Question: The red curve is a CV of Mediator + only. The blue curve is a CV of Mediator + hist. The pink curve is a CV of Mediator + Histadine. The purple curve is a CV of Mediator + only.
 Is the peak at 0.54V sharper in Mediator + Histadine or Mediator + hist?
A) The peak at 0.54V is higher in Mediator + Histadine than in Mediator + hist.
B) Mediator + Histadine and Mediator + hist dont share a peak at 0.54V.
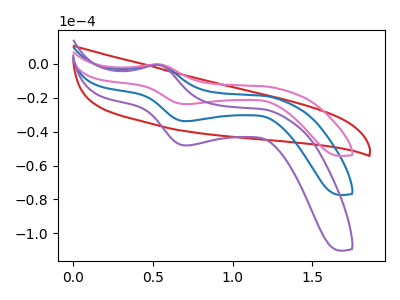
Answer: <think>The red curve "Mediator + only" has no peaks. The blue curve "Mediator + hist" has an anodic peak at (0.55V, -0.45uA) and a cathodic peak at (0.70V, -33.80uA). The pink curve "Mediator + Histadine" has an anodic peak at (0.55V, -0.30uA) and a cathodic peak at (0.70V, -23.70uA). The purple curve "Mediator + only" has an anodic peak at (0.55V, -0.85uA) and a cathodic peak at (0.70V, -67.55uA).</think>
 <answer>A) The peak at 0.54V is higher in "Mediator + Histadine" than in "Mediator + hist".</answer>
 <eval>A</eval>